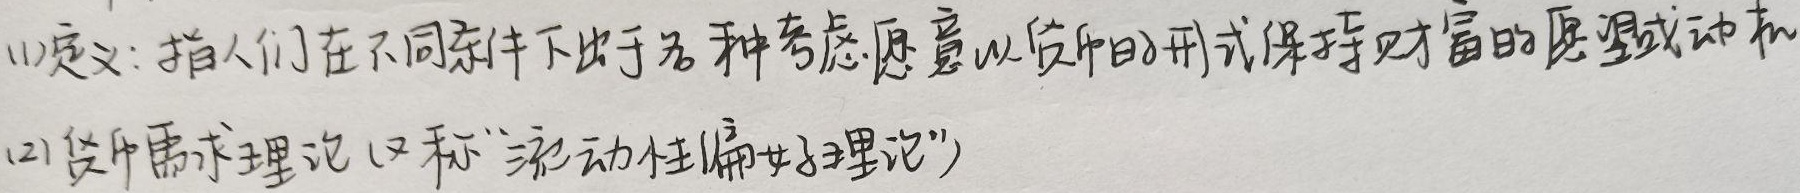
(1)定义：指人们在不同条件下出于各种考虑愿意以货币的形式保持财富的愿望或动机。
(2)货币需求理论（又称“流动性偏好理论”）